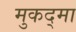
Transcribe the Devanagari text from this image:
मुकद्मा